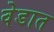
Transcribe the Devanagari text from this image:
वेडात